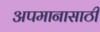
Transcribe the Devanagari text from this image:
अपमानासाठी